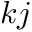
k j